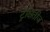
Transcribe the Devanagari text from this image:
ट्रेक्षितीज